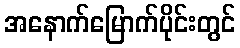
အနောက်မြောက်ပိုင်းတွင်